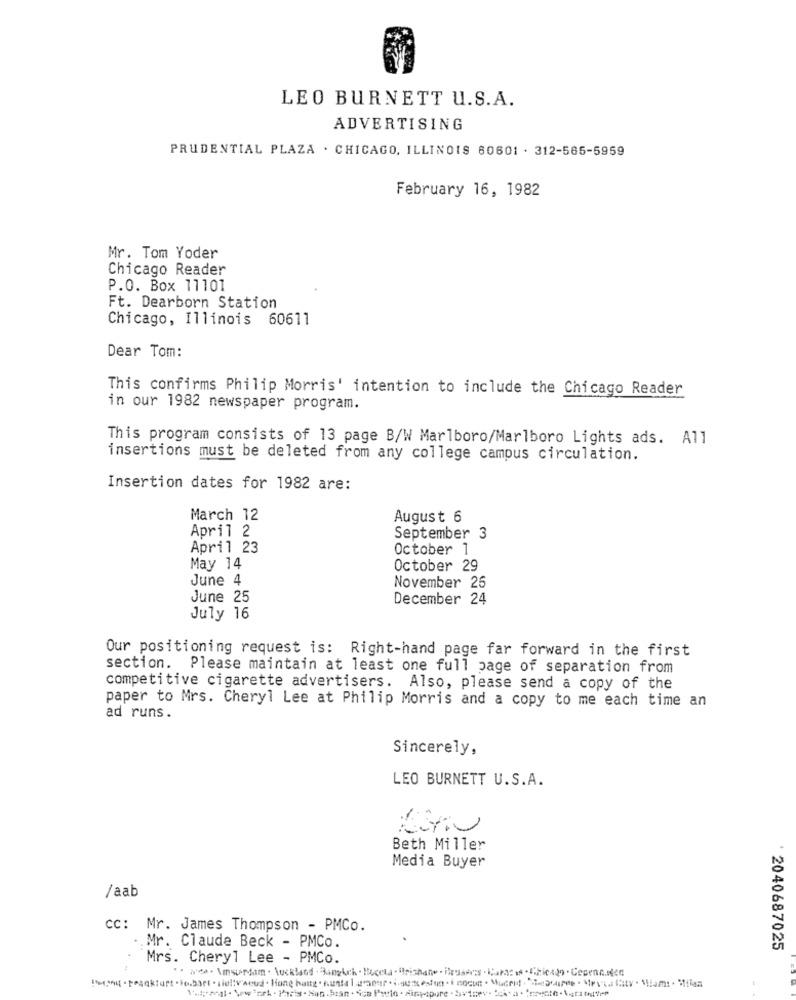
LEO BURNETT U.S.A.
ADVERTISING
PRUDENTIAL PLAZA . CHICAGO, ILLINOIS 60601 . 312-565-5959
February 16, 1982
Mr. Tom Yoder
Chicago Reader
P.O. Box 11101
Ft. Dearborn Station
Chicago, Illinois 60611
Dear Tom:
This confirms Philip Morris' intention to include the Chicago Reader
in our 1982 newspaper program.
This program consists of 13 page B/W Marlboro/Marlboro Lights ads. All
insertions must be deleted from any college campus circulation.
Insertion dates for 1982 are:
March 12
August 6
April 2
September 3
April 23
October
May 14
October 29
June 4
November 25
June 25
December 24
July 16
Our positioning request is: Right-hand page far forward in the first
section. Please maintain at least one full page of separation from
competitive cigarette advertisers. Also, please send a copy of the
paper to Mrs. Cheryl Lee at Philip Morris and a copy to me each time an
ad runs.
Sincerely,
LEO BURNETT U.S.A.
Beth Miller
Media Buyer
/aab
cc: Mr. James Thompson - PMCo.
Mr. Claude Beck - PMCo.
: 2040687025
Mrs. Cheryl Lee - PMCo.